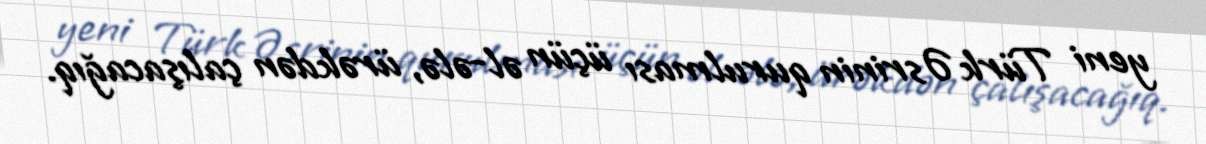
yeni Türk Əsrinin qurulması üçün əl-ələ, ürəkdən çalışacağıq.